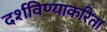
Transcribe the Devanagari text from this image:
दर्शविण्याकरिता